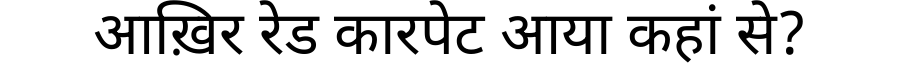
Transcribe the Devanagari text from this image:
आख़िर रेड कारपेट आया कहां से?